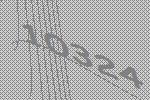
10324